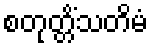
စတုတ္တိံသတိမံ